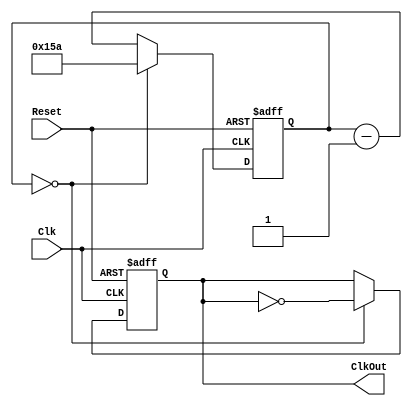
module baud_generate (Clk, Reset, ClkOut);
    parameter MAX_CNT = 9'd346; //  80MHz 115200 346
                                // 100Mhz 115200 325
    // I/O
    input Clk, Reset;
    // 
    output reg ClkOut;

    reg [8:0] counter;

    always @(posedge Clk, negedge Reset) begin
        if (!Reset) begin
            counter <= MAX_CNT;       // 
            ClkOut  <= 1'b0;          // 
        end else begin
            if (counter == 0) begin
                counter <= MAX_CNT;
                ClkOut  <= ~ClkOut;
            end else begin
                counter <= counter - 1;
            end
        end
    end
endmodule